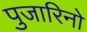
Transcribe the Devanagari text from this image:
पुजारिनो